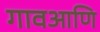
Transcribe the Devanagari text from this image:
गावआणि